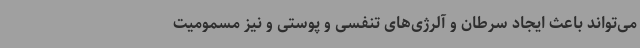
می‌تواند باعث ایجاد سرطان و آلرژی‌های تنفسی و پوستی و نیز مسمومیت